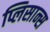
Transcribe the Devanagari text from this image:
प्लिसान्स